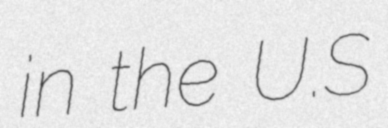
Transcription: in the U.S